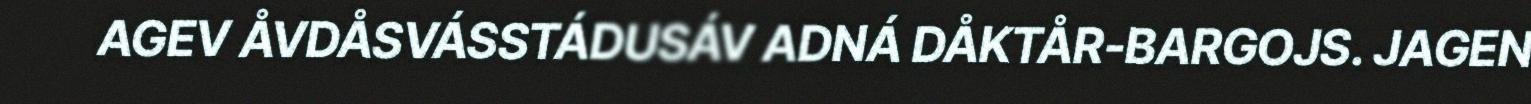
AGEV ÅVDÅSVÁSSTÁDUSÁV ADNÁ DÅKTÅR-BARGOJS. JAGEN